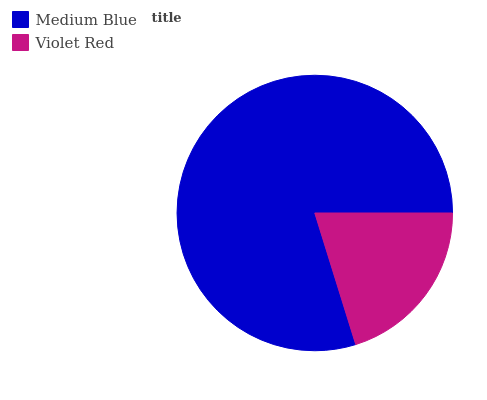
| Medium Blue | Violet Red |
 | --- | --- |
 | 79.8% | 20.2% |